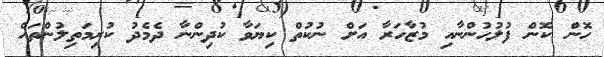
ހޮން ކޮން ފުލުހުންނާއި މުޒާހަރާ އަށް ނުކުތް ކިޔަވާ ކުދިންނާ ދެމެދު ކުރިމަތިލުންތައް